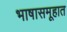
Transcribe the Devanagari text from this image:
भाषासमूहात